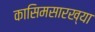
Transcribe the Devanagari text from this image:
कासिमसारख्या